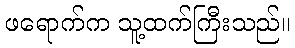
ဖရောက်က သူ့ထက်ကြီးသည်။